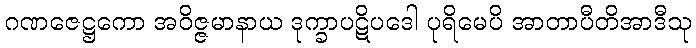
ဂဏဇေဋ္ဌကော အဝိဇ္ဇမာနာယ ဒုက္ခာပဋိပဒေါ ပုရိမေပိ အာတာပီတိအာဒီသု